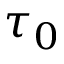
\tau _ { 0 }